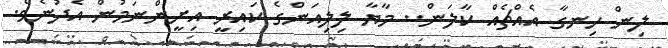
ލިން ހިނގާ އެއްޗެއް ކާލަން.. މާޔާ ލިލިއަންގެ ކައިރީ އިށީންނަމުން އެދުނެވެ.